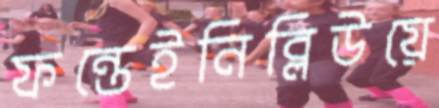
ফন্তেইনিব্লিউয়ে